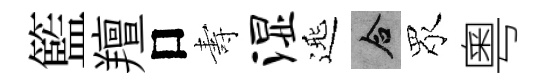
籃羶口夀湿𨓱合眾粵